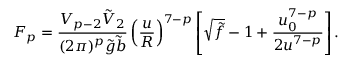
F _ { p } = \frac { V _ { p - 2 } \tilde { V } _ { 2 } } { ( 2 \pi ) ^ { p } \tilde { g } \tilde { b } } \left( \frac { u } { R } \right) ^ { 7 - p } \left[ \sqrt { \tilde { f } } - 1 + \frac { u _ { 0 } ^ { 7 - p } } { 2 u ^ { 7 - p } } \right] .